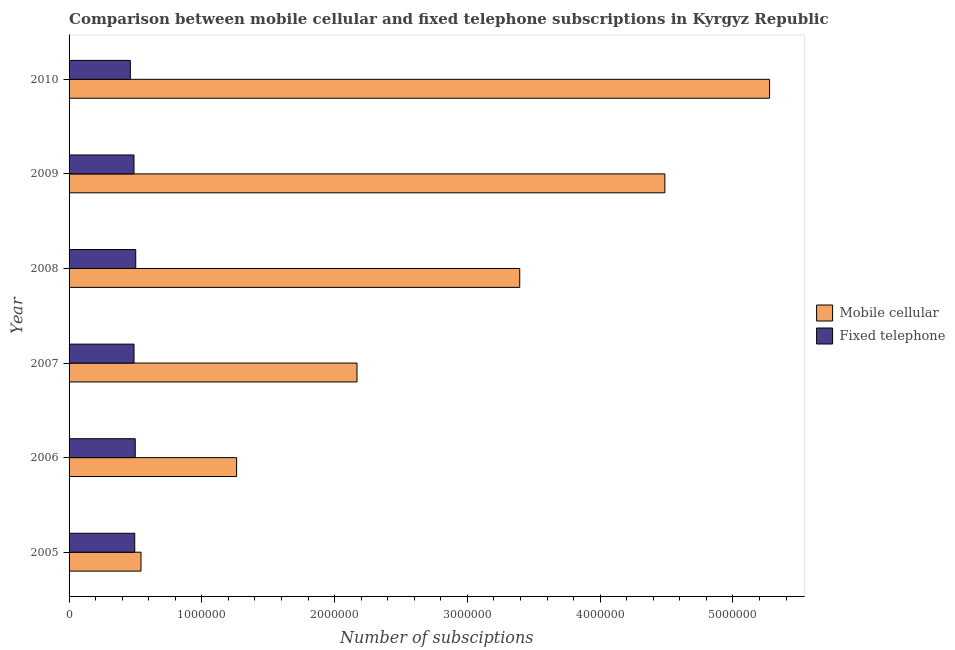
| Year | Mobile cellular | Fixed telephone |
 | --- | --- | --- |
 | 2005 | 5.42e+05 | 4.95e+05 |
 | 2006 | 1.26e+06 | 4.98e+05 |
 | 2007 | 2.17e+06 | 4.89e+05 |
 | 2008 | 3.39e+06 | 5.02e+05 |
 | 2009 | 4.49e+06 | 4.89e+05 |
 | 2010 | 5.28e+06 | 4.61e+05 |